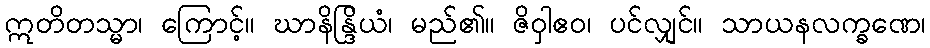
ဣတိတသ္မာ၊ ကြောင့်။ ဃာနိန္ဒြိယံ၊ မည်၏။ ဇိဝှါဧဝ၊ ပင်လျှင်။ သာယနလက္ခဏေ၊